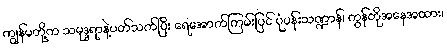
ကျွန်မတို့က သမုဒ္ဒရာနဲ့ပတ်သက်ပြီး ရေအောက်ကြမ်းပြင် ပုံပန်းသဏ္ဍာန်၊ ကွန်တိုအနေအထား၊